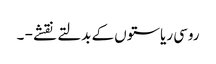
روسی ریاستوں کے بدلتے نقشے - ۔